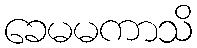
ခေမမကာသိ